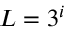
L = 3 ^ { i }